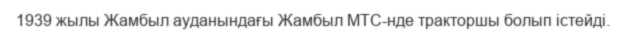
1939 жылы Жамбыл ауданындағы Жамбыл МТС-нде тракторшы болып істейді.